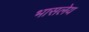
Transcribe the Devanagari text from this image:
भासलेय